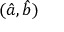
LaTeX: ( { \hat { a } } , { \hat { b } } )